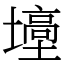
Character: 㙵